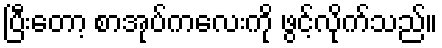
ပြီးတော့ စာအုပ်ကလေးကို ဖွင့်လိုက်သည်။